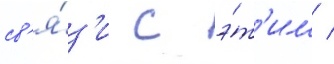
св'я́з'и с э́т'им /